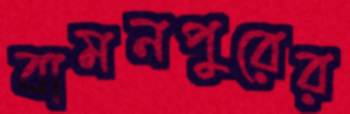
বামনপুরের